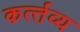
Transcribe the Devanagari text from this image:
कर्त्‍तव्‍य